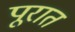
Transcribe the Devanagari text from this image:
पूरात